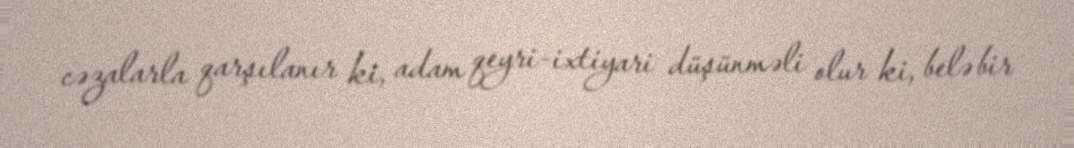
cəzalarla qarşılanır ki, adam qeyri-ixtiyari düşünməli olur ki, belə bir